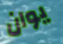
يوان